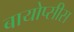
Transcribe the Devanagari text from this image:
बायोप्सीस